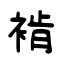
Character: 褃